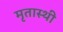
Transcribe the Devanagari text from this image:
मृतास्थी